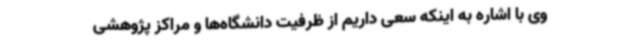
وی با اشاره به اینکه سعی داریم از ظرفیت دانشگاه‌ها و مراکز پژوهشی